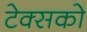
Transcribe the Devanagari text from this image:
टेक्सको